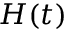
H ( t )